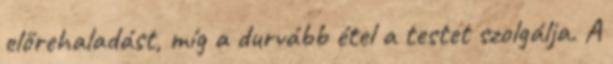
előrehaladást, míg a durvább étel a testet szolgálja. A